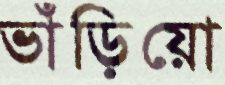
ভাঁড়িয়ো